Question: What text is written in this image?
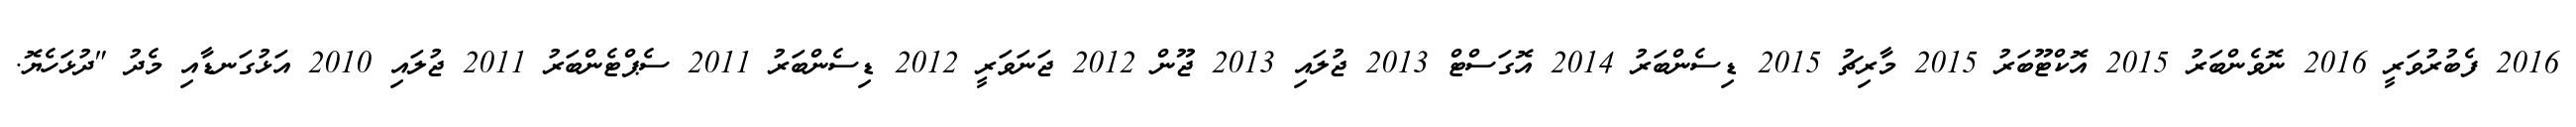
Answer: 2016 ފެބުރުވަރީ 2016 ނޮވެންބަރު 2015 އޮކްޓޫބަރު 2015 މާރިޗު 2015 ޑިސެންބަރު 2014 އޮގަސްޓް 2013 ޖުލައި 2013 ޖޫން 2012 ޖަނަވަރީ 2012 ޑިސެންބަރު 2011 ސެޕްޓެންބަރު 2011 ޖުލައި 2010 އަޅުގަނޑާއި މެދު "ދުޅަހެޔޮ.